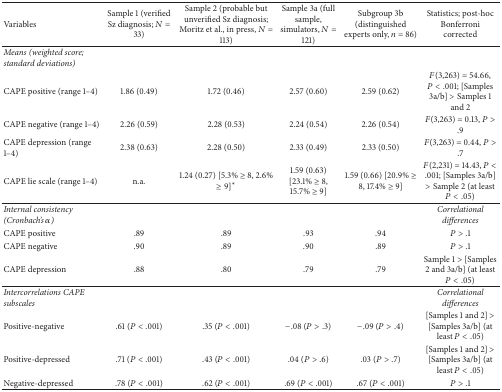
| Variables | Sample 1 (verified Sz diagnosis; N = 33) | Sample 2 (probable but unverified Sz diagnosis; Moritz et al., in press, N = 113) | Sample 3a (full sample, simulators, N = 121) | Subgroup 3b (distinguished experts only, n = 86) | Statistics; post-hoc Bonferroni corrected |
 | --- | --- | --- | --- | --- | --- |
 | Means (weighted score; standard deviations) |  |  |  |  |  |
 | CAPE positive (range 1–4) | 1.86 (0.49) | 1.72 (0.46) | 2.57 (0.60) | 2.59 (0.62) | F(3,263) = 54.66, P < .001; [Samples 3a/b] > Samples 1 and 2 |
 | CAPE negative (range 1–4) | 2.26 (0.59) | 2.28 (0.53) | 2.24 (0.54) | 2.26 (0.54) | F(3,263) = 0.13, P > .9 |
 | CAPE depression (range 1–4) | 2.38 (0.63) | 2.28 (0.50) | 2.33 (0.49) | 2.33 (0.50) | F(3,263) = 0.44, P > .7 |
 | CAPE lie scale (range 1–4) | n.a. | 1.24 (0.27) [5.3% ≥ 8, 2.6% ≥ 9]* | 1.59 (0.63) [23.1% ≥ 8, 15.7% ≥ 9] | 1.59 (0.66) [20.9% ≥ 8, 17.4% ≥ 9] | F(2,231) = 14.43, P < .001; [Samples 3a/b] > Sample 2 (at least P< .05) |
 | Internal consistency (Cronbach's α) |  |  |  |  | Correlational differences |
 | CAPE positive | .89 | .89 | .93 | .94 | P > .1 |
 | CAPE negative | .90 | .89 | .90 | .89 | P > .1 |
 | CAPE depression | .88 | .80 | .79 | .79 | Sample 1 > [Samples 2 and 3a/b] (at least P< .05) |
 | Intercorrelations CAPE subscales |  |  |  |  | Correlational differences |
 | Positive-negative | .61 (P < .001) | .35 (P < .001) | −.08 (P > .3) | −.09 (P > .4) | [Samples 1 and 2] > [Samples 3a/b] (at least P< .05) |
 | Positive-depressed | .71 (P < .001) | .43 (P < .001) | .04 (P > .6) | .03 (P > .7) | [Samples 1 and 2] > [Samples 3a/b] (at least P< .05) |
 | Negative-depressed | .78 (P < .001) | .62 (P < .001) | .69 (P < .001) | .67 (P < .001) | P > .1 |